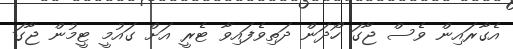
އެގާރައިން ވެސް ޖާގަ ހޯދަން ދަތިވެފައިވާ ޓެރީ އަށް ގައުމީ ޓީމުން ޖާގަ